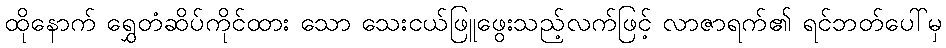
ထိုနောက် ရွှေတံဆိပ်ကိုင်ထား သော သေးငယ်ဖြူဖွေးသည့်လက်ဖြင့် လာဇာရက်၏ ရင်ဘတ်ပေါ်မှ